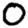
Digit: 0